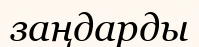
заңдарды